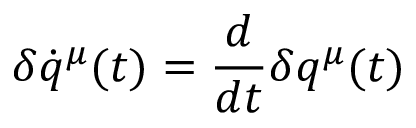
\delta \dot { q } ^ { \mu } ( t ) = \frac { d } { d t } \delta q ^ { \mu } ( t )